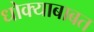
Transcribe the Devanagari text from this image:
धोक्याबाबत